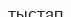
тыстап